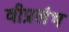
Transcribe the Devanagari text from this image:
वीप्रलंभ